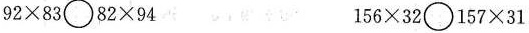
$$9 2 \times 8 3 \circ 8 2 \times 9 4$$ $$1 5 6 \times 3 2 \circ 1 5 7 \times 3 1$$